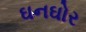
ઘનઘોર